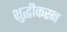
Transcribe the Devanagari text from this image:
शुद्धीकरन